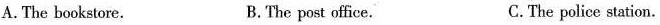
A. The bookstore. B. The post office. C.The police station.